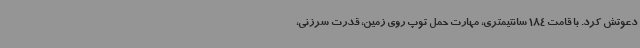
دعوتش کرد. با قامت 184 سانتیمتری، مهارت حمل توپ روی زمین، قدرت سرزنی،